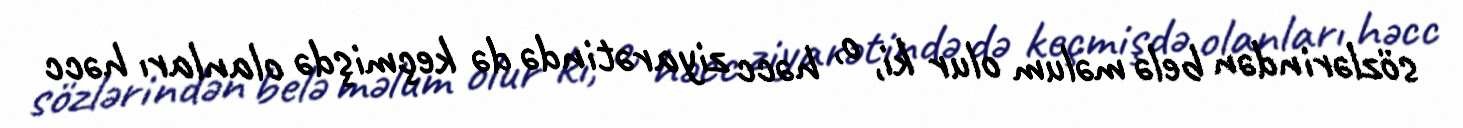
sözlərindən belə məlum olur ki, o, həcc ziyarətində də keçmişdə olanları həcc